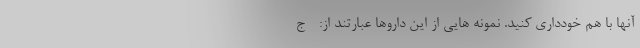
آنها با هم خودداری کنید. نمونه هایی از این داروها عبارتند از: - ج